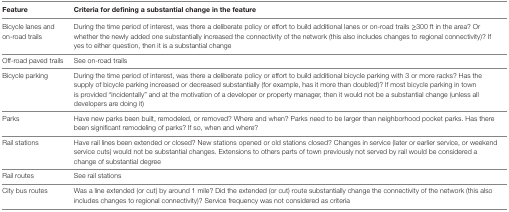
| Feature | Criteria for defining a substantial change in the feature |
 | --- | --- |
 | Bicycle lanes and on-road trails | During the time period of interest, was there a deliberate policy or effort to build additional lanes or on-road trails ≥300 ft in the area? Or whether the newly added one substantially increased the connectivity of the network (this also includes changes to regional connectivity)? If yes to either question, then it is a substantial change |
 | Off-road paved trails | See on-road trails |
 | Bicycle parking | During the time period of interest, was there a deliberate policy or effort to build additional bicycle parking with 3 or more racks? Has the supply of bicycle parking increased or decreased substantially (for example, has it more than doubled)? If most bicycle parking in town is provided “incidentally” and at the motivation of a developer or property manager, then it would not be a substantial change (unless all developers are doing it) |
 | Parks | Have new parks been built, remodeled, or removed? Where and when? Parks need to be larger than neighborhood pocket parks. Has there been significant remodeling of parks? If so, when and where? |
 | Rail stations | Have rail lines been extended or closed? New stations opened or old stations closed? Changes in service (later or earlier service, or weekend service cuts) would not be substantial changes. Extensions to others parts of town previously not served by rail would be considered a change of substantial degree |
 | Rail routes | See rail stations |
 | City bus routes | Was a line extended (or cut) by around 1 mile? Did the extended (or cut) route substantially change the connectivity of the network (this also includes changes to regional connectivity)? Service frequency was not considered as criteria |